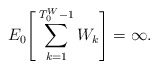
\begin{align*} E_0\Bigg[\sum_{k=1}^{T_0^{W}-1}W_k\Bigg]=\infty. \end{align*}